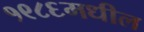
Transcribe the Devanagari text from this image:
१९८६मधील